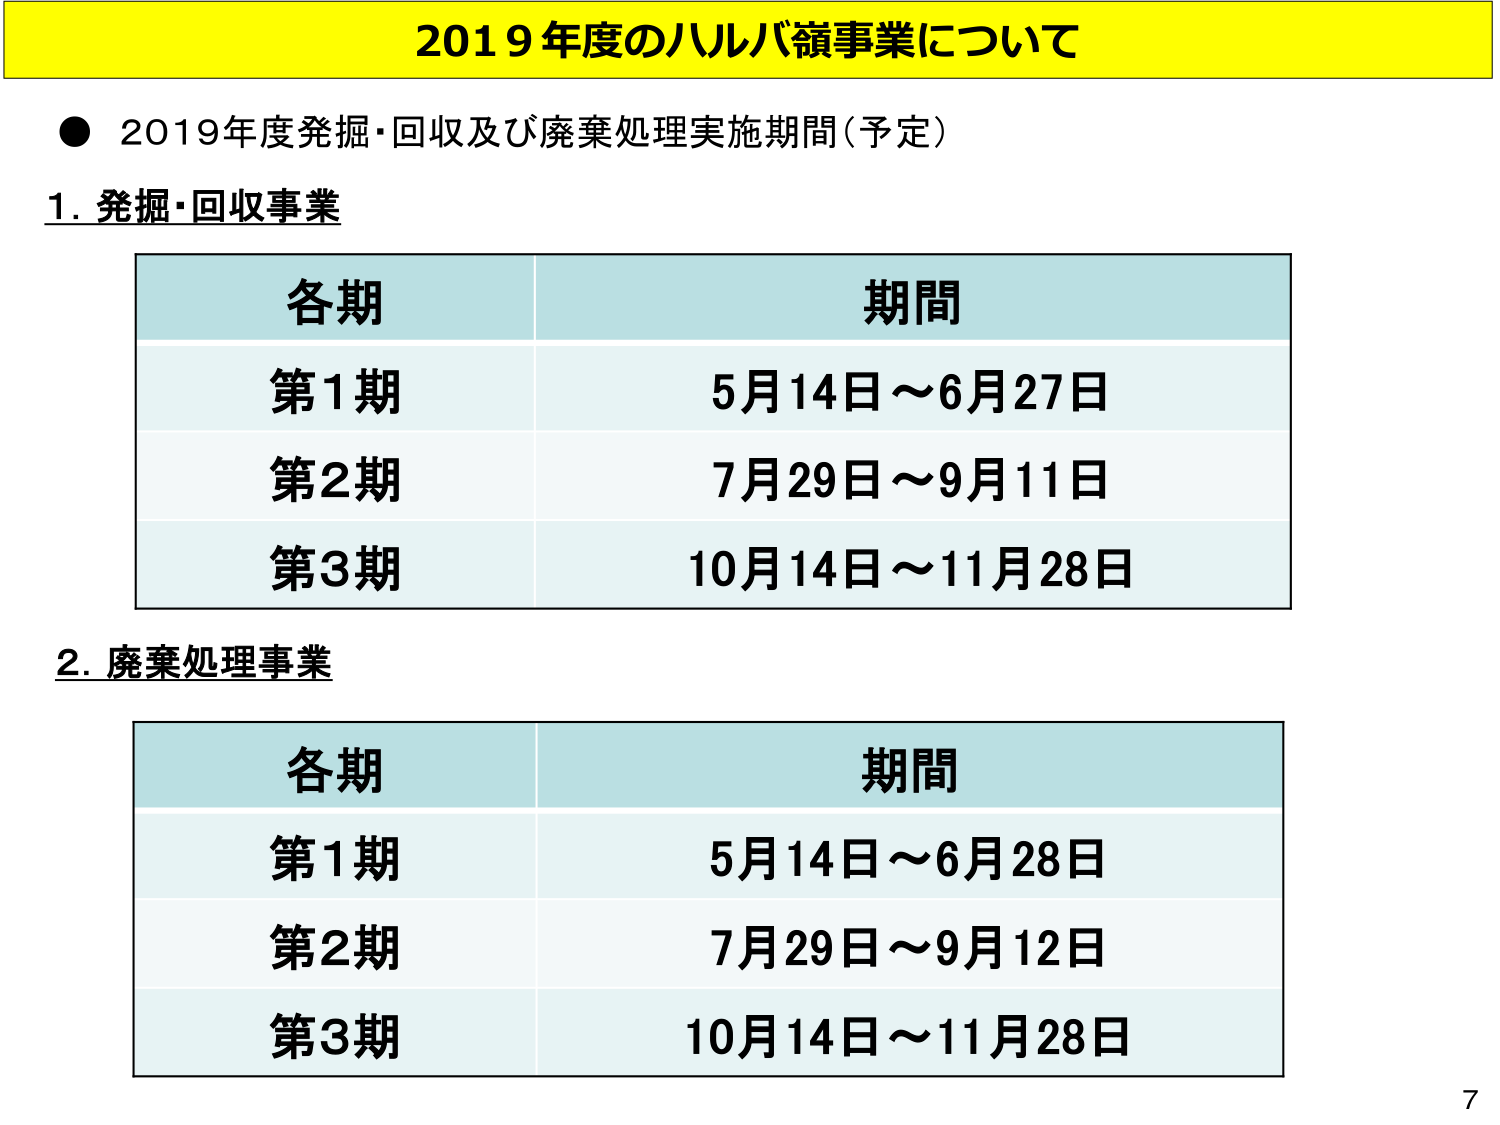
2019年度のハルバ嶺事業について
● 2019年度発掘・回収及び廃棄処理実施期間（予定）
1. 発掘・回収事業
各期 期間
第1期 5月14日～6月27日
第2期 7月29日～9月11日
第3期 10月14日～11月28日
2. 廃棄処理事業
各期 期間
第1期 5月14日～6月28日
第2期 7月29日～9月12日
第3期 10月14日～11月28日
7